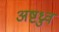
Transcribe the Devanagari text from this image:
अष्टध्रुव